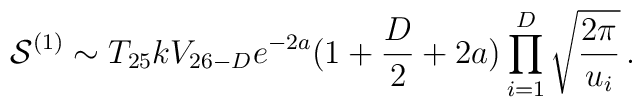
{\cal S}^{(1)} \sim T_{25}k V_{26-D} e^{-2a}(1 + \frac{D}{2} + 2a) \prod_{i=1}^{D} \sqrt{  \frac{2\pi}{u_{i}}} \, .